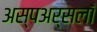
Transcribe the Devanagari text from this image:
अस्पअर्सलाँ